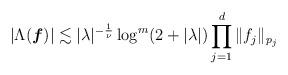
LaTeX: \begin{align*}|\Lambda(\boldsymbol f)| \lesssim |\lambda|^{-\frac 1 {\nu}} \log^{m}(2+|\lambda|) \prod_{j=1}^d \|f_j\|_{p_j}\end{align*}